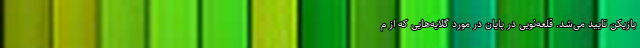
بازیکن تایید می‌شد. قلعه‌نویی در پایان در مورد گلایه‌هایی که از م